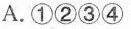
A.①②③④